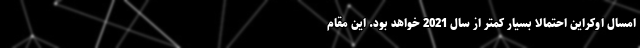
امسال اوکراین احتمالا بسیار کمتر از سال 2021 خواهد بود. این مقام